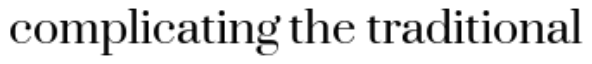
complicating the traditional